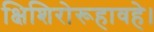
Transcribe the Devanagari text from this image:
क्षिशिरोरूहावहे।